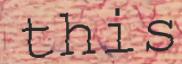
this